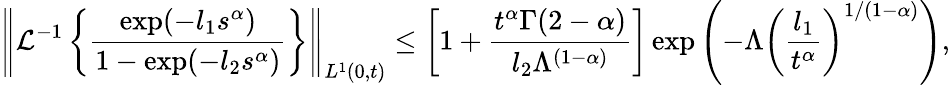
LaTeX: \left\| \mathcal{L}^{-1}\left\{ \frac{\exp(-l_{1}s^{\alpha})}{1-\exp(-l_{2}s^{\alpha})}\right\} \right\| _{L^{1}(0,t)}\leq\left[1+\frac{t^{\alpha}\Gamma(2-\alpha)}{l_{2}\Lambda^{(1-\alpha)}}\right]\exp\left(-\Lambda\left(\frac{l_{1}}{t^{\alpha}}\right)^{1/(1-\alpha)}\right),